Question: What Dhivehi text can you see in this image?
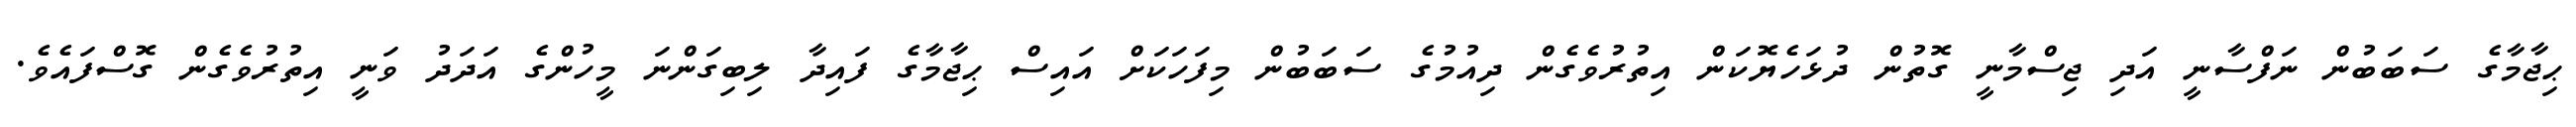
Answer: ޙިޖާމާގެ ސަބަބުން ނަފްސާނީ އަދި ޖިސްމާނީ ގޮތުން ދުޅަހެޔޮކަން އިތުރުވެގެން ދިއުމުގެ ސަބަބުން މިފަހަކަށް އައިސް ޙިޖާމާގެ ފައިދާ ލިބިގަންނަ މީހުންގެ އަދަދު ވަނީ އިތުރުވެގެން ގޮސްފައެވެ.